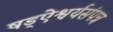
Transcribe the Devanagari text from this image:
षड्ऐश्वर्यसंपन्न